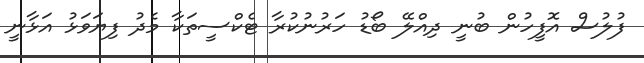
ފުލުސް އޮފީހުން ބުނީ ދިއްލޭ ބޯޑު ހަރުނުކުރާ ޓެކްސީތަކާ މެދު ފިޔަވަޅު އަޅާނީ